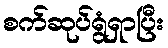
စက်ဆုပ်ရွံရှာပြီး